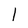
Character: 1